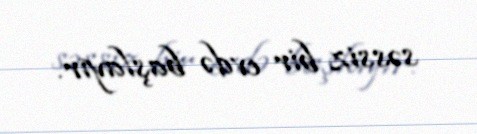
səssiz bir evdə başlayır.